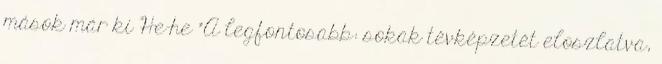
mások már ki He-he "A legfontosabb: sokak tévképzetét eloszlatva,